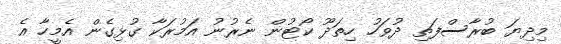
މިދިޔަ ބުރާސްފަތި ދުވަހު ހިތަދޫ ކޯޓުން ނެރުނު އަމުރަކާ ގުޅިގެން އެމީހާ އެ